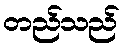
တည်သည်